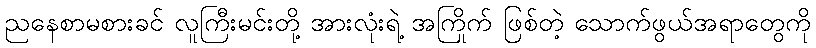
ညနေစာမစားခင် လူကြီးမင်းတို့ အားလုံးရဲ့ အကြိုက် ဖြစ်တဲ့ သောက်ဖွယ်အရာတွေကို